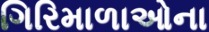
ગિરિમાળાઓના